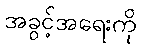
အခွင့်အရေးကို